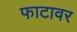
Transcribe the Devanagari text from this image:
फाटावर